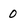
Character: 0